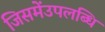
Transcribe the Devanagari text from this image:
जिसमेंउपलब्धि